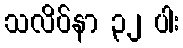
သလိပ်နာ ၃၂ ပါး